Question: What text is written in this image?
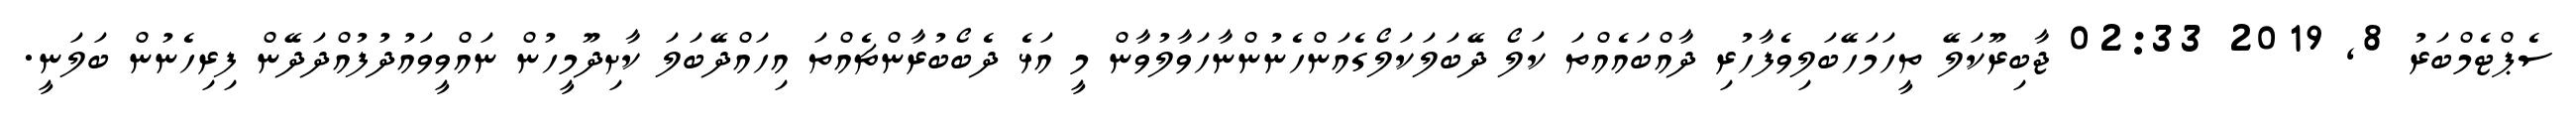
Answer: ސެޕްޓެމްބަރު 8, 2019 02:33 ޖާބިރޫކަލޭ ތީހަމަހޭބަލިވެފާހުރި ދާއްބައެއްތަ ކަލޯ ދޭބަލަކަލޯގެއަންހެނުންނާހަވާލުވާން މީ އަޅެ ދެބޯބުރާންޗެއްތަ އިހައްދޭބަލަ ކާށިދޫމީހުން ނައްވީވައުދުފުއްދަދޭން ފިރިހެނުން ބަލަނީ.